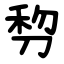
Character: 剓